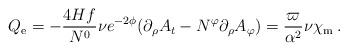
LaTeX: \begin{align*}Q_{\rm e}=-\frac{4Hf}{N^0} \nu e^{-2 \phi}(\partial_{\rho}A_t-N^{\varphi} \partial_{\rho} A_{\varphi})=\frac{\varpi}{\alpha^2} \nu \chi_{\rm m}\:.\end{align*}